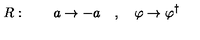
R : \qquad a \rightarrow - a \quad , \quad \varphi \rightarrow \varphi ^ { \dagger }